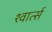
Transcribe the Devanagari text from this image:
श्वार्त्स